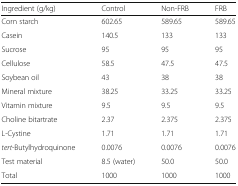
| Ingredient (g/kg) | Control | Non-FRB | FRB |
 | --- | --- | --- | --- |
 | Corn starch | 602.65 | 589.65 | 589.65 |
 | Casein | 140.5 | 133 | 133 |
 | Sucrose | 95 | 95 | 95 |
 | Cellulose | 58.5 | 47.5 | 47.5 |
 | Soybean oil | 43 | 38 | 38 |
 | Mineral mixture | 38.25 | 33.25 | 33.25 |
 | Vitamin mixture | 9.5 | 9.5 | 9.5 |
 | Choline bitartrate | 2.37 | 2.375 | 2.375 |
 | L-Cystine | 1.71 | 1.71 | 1.71 |
 | tert-Butylhydroquinone | 0.0076 | 0.0076 | 0.0076 |
 | Test material | 8.5 (water) | 50.0 | 50.0 |
 | Total | 1000 | 1000 | 1000 |